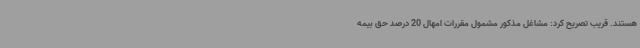
هستند. قریب تصریح کرد: مشاغل مذکور مشمول مقررات امهال 20 درصد حق بیمه